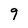
Character: 9